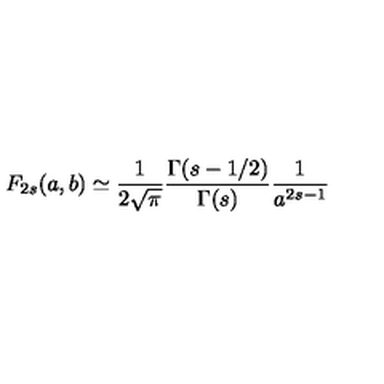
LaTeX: F _ { 2 s } ( a , b ) \simeq \frac { 1 } { 2 \sqrt { \pi } } \frac { \Gamma ( s - 1 / 2 ) } { \Gamma ( s ) } \frac { 1 } { a ^ { 2 s - 1 } }